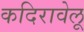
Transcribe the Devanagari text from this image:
कदिरावेलू